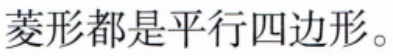
菱形都是平行四边形。